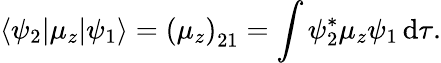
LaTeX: \langle\psi_{2}|\mu_{z}|\psi_{1}\rangle=\left(\mu_{z}\right)_{21}=\int\psi_{2}^{*}\mu_{z}\psi_{1}\, \mathrm{d}\tau.